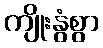
ကျိုးနွံစွာ